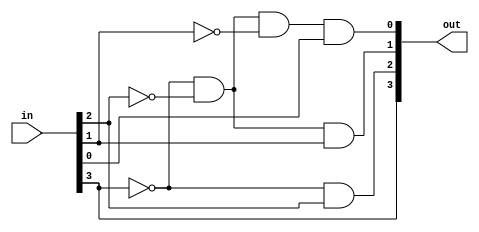
`timescale 1ns / 1ps
//////////////////////////////////////////////////////////////////////////////////
// Company: 
// Engineer: 
// 
// Design Name: 
// Module Name: fpa
// Project Name: 
// Target Devices: 
// Tool Versions: 
// Description: 
// 
// Dependencies: 
// 
// Revision:
// Revision 0.01 - File Created
// Additional Comments:
// 
//////////////////////////////////////////////////////////////////////////////////


module fpa(in, out);

	// Entradas y Salidas
	input [0:3] in;
	output [0:3] out;
//	output [2:0] token_fpa;

	assign out [0] = in [0];
	assign out [1] = ~in [0] & in [1];
	assign out [2] = ~in [0] & ~in [1] & in [2];
	assign out [3] = ~in [0] & ~in [1] & ~in [2] & in [3];


endmodule